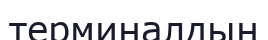
терминалдың